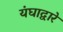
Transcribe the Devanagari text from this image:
यंघाद्वारे